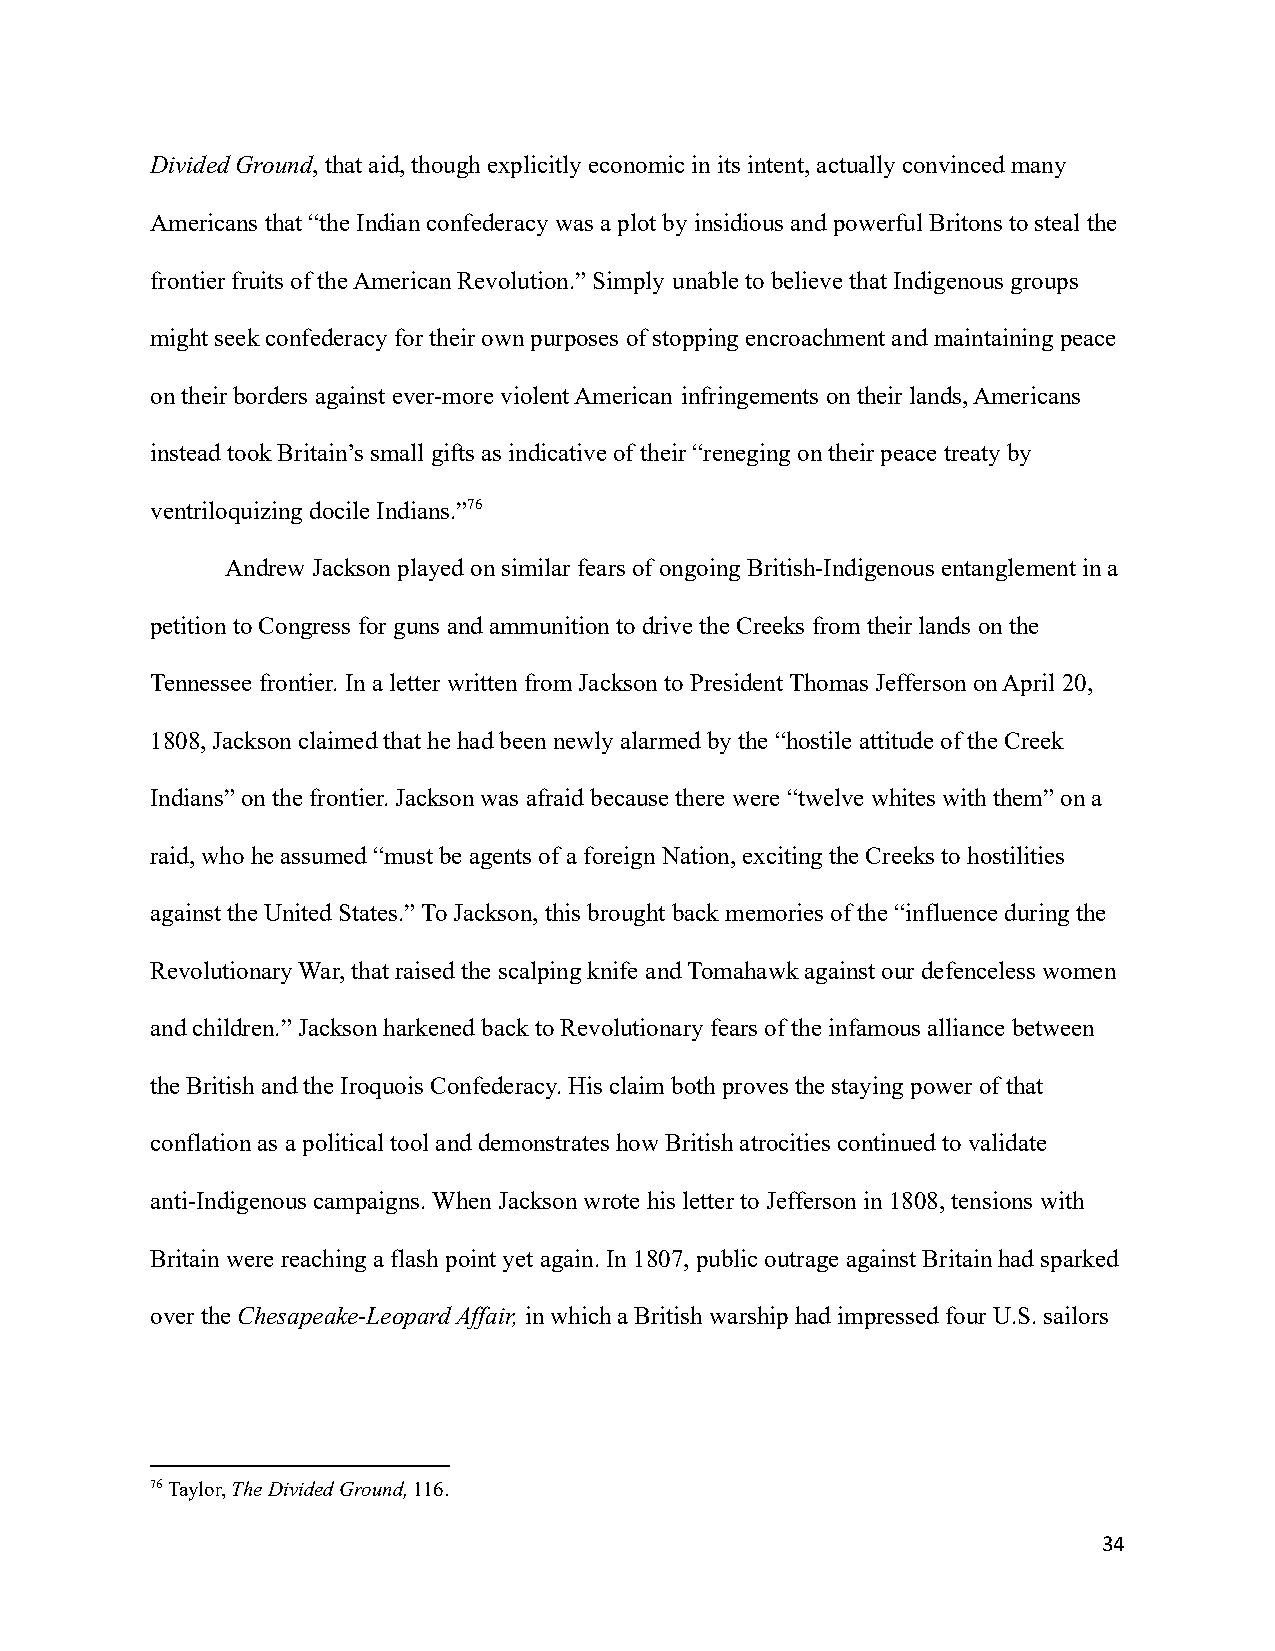
Divided Ground, that aid, though explicitly economic in its intent, actually convinced many
 Americans that “the Indian confederacy was a plot by insidious and powerful Britons to steal the
 frontier fruits of the American Revolution.” Simply unable to believe that Indigenous groups
 might seek confederacy for their own purposes of stoppingencroachment and maintaining peace
 on their borders against ever-more violent American infringements on their lands, Americans
 instead took Britain’s small gifts as indicative oftheir “reneging on their peace treaty by
 ventriloquizing docile Indians.”76
 Andrew Jackson played on similar fears of ongoingBritish-Indigenous entanglement in a
 petition to Congress for guns and ammunition to drivethe Creeks from their lands on the
 Tennessee frontier. In a letter written from Jacksonto President Thomas Jefferson on April 20,
 1808, Jackson claimed that he had been newly alarmedby the “hostile attitude of the Creek
 Indians” on the frontier. Jackson was afraid becausethere were “twelve whites with them” on a
 raid, who he assumed “must be agents of a foreignNation, exciting the Creeks to hostilities
 against the United States.” To Jackson, this brought back memories of the “influence during the
 Revolutionary War, that raised the scalping knife and Tomahawk against our defenceless women
 and children.” Jackson harkened back to Revolutionaryfears of the infamous alliance between
 the British and the Iroquois Confederacy. His claimboth proves the staying power of that
 conflation as a political tool and demonstrates howBritish atrocities continued to validate
 anti-Indigenous campaigns. When Jackson wrote his letter to Jefferson in 1808, tensions with
 Britain were reaching a flash point yet again. In1807, public outrage against Britain had sparked
 over theChesapeake-Leopard Affair, in which a Britishwarship had impressed four U.S. sailors
 76Taylor,The Divided Ground,116.
 34